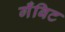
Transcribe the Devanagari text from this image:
गँबिट